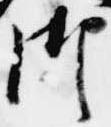
御